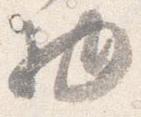
物